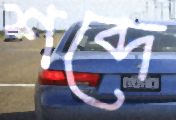
শব্দে